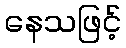
နေသဖြင့်